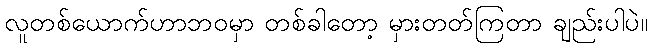
လူတစ်ယောက်ဟာဘဝမှာ တစ်ခါတော့ မှားတတ်ကြတာ ချည်းပါပဲ။